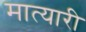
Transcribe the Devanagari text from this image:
मात्यारी